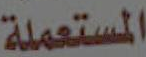
المستعملة